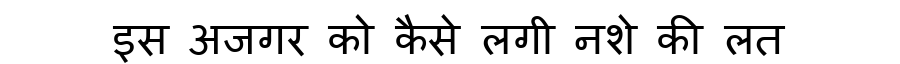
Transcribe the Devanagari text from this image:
इस अजगर को कैसे लगी नशे की लत